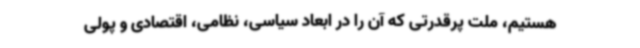
هستیم، ملت پرقدرتی که آن را در ابعاد سیاسی، نظامی، اقتصادی و پولی